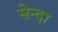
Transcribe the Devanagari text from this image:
सेन्दा